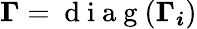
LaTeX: \boldsymbol{\Gamma}=\mathrm{~d~i~a~g~}(\boldsymbol{\Gamma_{i}})